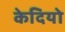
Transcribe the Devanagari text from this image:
केदियो